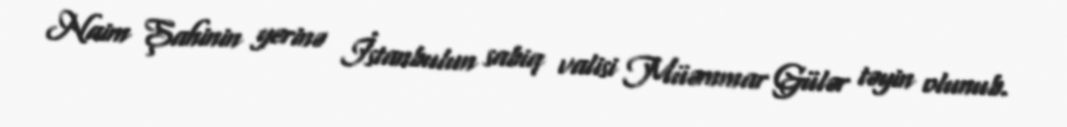
Naim Şahinin yerinə İstanbulun sabiq valisi Müəmmar Gülər təyin olunub.